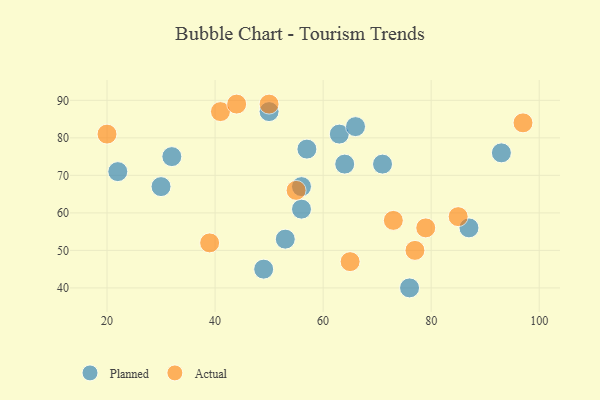
{"axis": {"x": "GDP", "y": "Life Expectancy"}, "legend": ["Actual", "Planned"], "data": [{"x": "76", "y": 40, "type": "Planned"}, {"x": "50", "y": 87, "type": "Planned"}, {"x": "56", "y": 67, "type": "Planned"}, {"x": "87", "y": 56, "type": "Planned"}, {"x": "71", "y": 73, "type": "Planned"}, {"x": "64", "y": 73, "type": "Planned"}, {"x": "53", "y": 53, "type": "Planned"}, {"x": "63", "y": 81, "type": "Planned"}, {"x": "32", "y": 75, "type": "Planned"}, {"x": "66", "y": 83, "type": "Planned"}, {"x": "22", "y": 71, "type": "Planned"}, {"x": "49", "y": 45, "type": "Planned"}, {"x": "57", "y": 77, "type": "Planned"}, {"x": "93", "y": 76, "type": "Planned"}, {"x": "30", "y": 67, "type": "Planned"}, {"x": "56", "y": 61, "type": "Planned"}, {"x": "77", "y": 50, "type": "Actual"}, {"x": "20", "y": 81, "type": "Actual"}, {"x": "39", "y": 52, "type": "Actual"}, {"x": "55", "y": 66, "type": "Actual"}, {"x": "79", "y": 56, "type": "Actual"}, {"x": "65", "y": 47, "type": "Actual"}, {"x": "85", "y": 59, "type": "Actual"}, {"x": "41", "y": 87, "type": "Actual"}, {"x": "50", "y": 89, "type": "Actual"}, {"x": "73", "y": 58, "type": "Actual"}, {"x": "97", "y": 84, "type": "Actual"}, {"x": "44", "y": 89, "type": "Actual"}]}